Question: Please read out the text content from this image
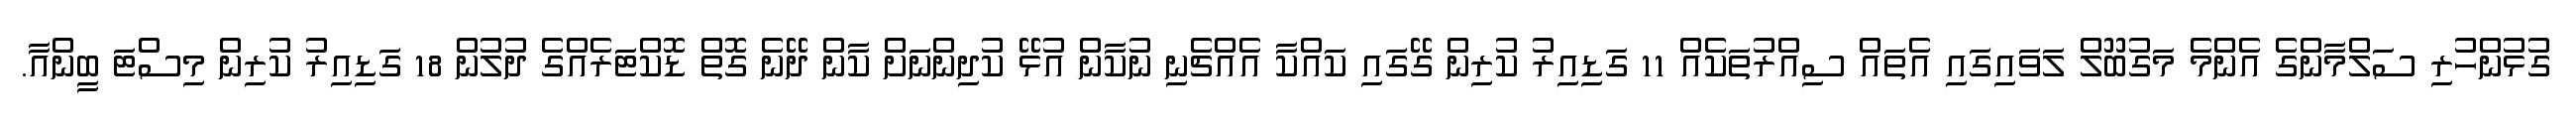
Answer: ގުޅުންހުރި ސަލްމާންގެ އެންމެ މަގުބޫލް ލަވައިގައި އެތައް ސިއްރުތަކެއް 11 ގަޑިއިރު ކުރިން ގޭގައި ކައްކާ އެއްޗެނި ނުކާން އުޅޭ ކުދިންނަށް ކާން ދޭނެ ގޮތް ޑޮކްޓަރެއްގެ ދުލުން 18 ގަޑިއިރު ކުރިން މިސްޓަ ބީންއާ.